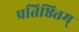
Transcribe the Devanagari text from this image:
प्रतिष्ठितम्